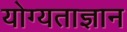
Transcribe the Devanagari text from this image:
योग्यताज्ञान